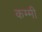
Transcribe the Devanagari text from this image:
कम्मी